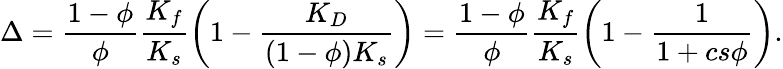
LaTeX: \Delta=\frac{1-\phi}{\phi}\frac{K_{f}}{K_{s}}\left(1-\frac{K_{D}}{(1-\phi)K_{s}}\right)=\frac{1-\phi}{\phi}\frac{K_{f}}{K_{s}}\left(1-\frac{1}{1+cs\phi}\right).